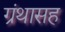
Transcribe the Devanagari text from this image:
ग्रंथासह